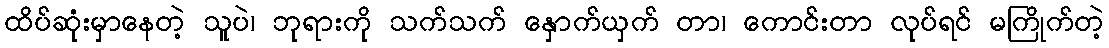
ထိပ်ဆုံးမှာနေတဲ့ သူပဲ၊ ဘုရားကို သက်သက် နှောက်ယှက် တာ၊ ကောင်းတာ လုပ်ရင် မကြိုက်တဲ့